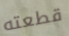
قطعته